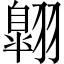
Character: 翺